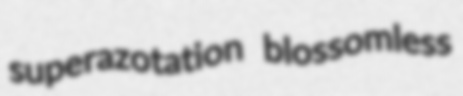
superazotation blossomless